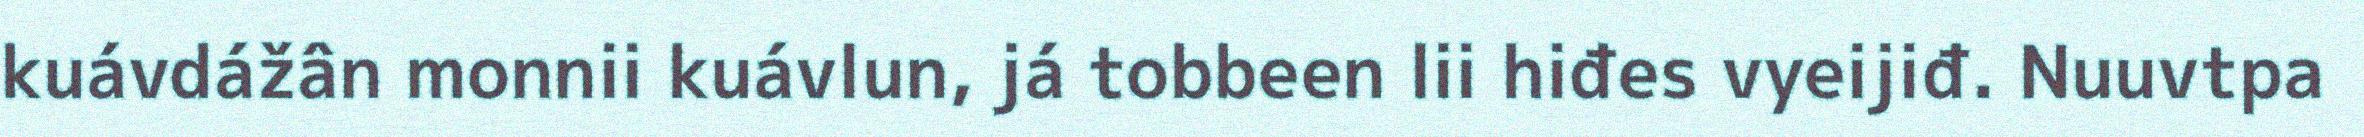
kuávdážân monnii kuávlun, já tobbeen lii hiđes vyeijiđ. Nuuvtpa